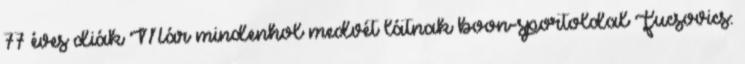
77 éves diák Már mindenhol medvét látnak boon-sportoldal Fucsovics: